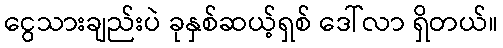
ငွေသားချည်းပဲ ခုနှစ်ဆယ့်ရှစ် ဒေါ်လာ ရှိတယ်။